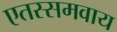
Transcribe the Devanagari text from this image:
एतस्समवाय